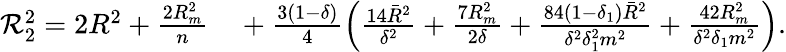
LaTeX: \begin{array}{r}{{\cal R}_{2}^{2}=2R^{2}+\frac{2R_{m}^{2}}{n}\quad+\frac{3(1-\delta)}{4}\left(\frac{14{\bar{R}}^{2}}{\delta^{2}}+\frac{7R_{m}^{2}}{2\delta}+\frac{84(1-\delta_{1}){\bar{R}}^{2}}{\delta^{2}\delta_{1}^{2}m^{2}}+\frac{42R_{m}^{2}}{\delta^{2}\delta_{1}m^{2}}\right).}\end{array}